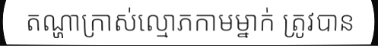
តណ្ហាក្រាស់ល្មោភកាមម្នាក់ ត្រូវបាន